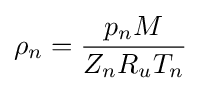
\rho _{n}={\frac {p_{n}M}{Z_{n}R_{u}T_{n}}}